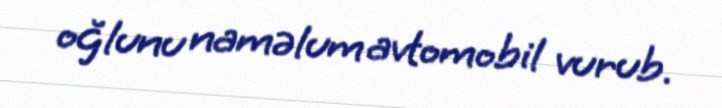
oğlunu naməlum avtomobil vurub.